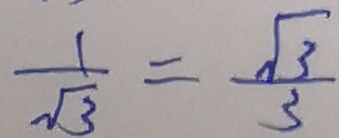
\frac { 1 } { \sqrt { 3 } } = \frac { \sqrt { 3 } } { 3 }